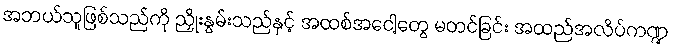
အဘယ်သူဖြစ်သည်ကို ညှိုးနွမ်းသည်နှင့် အထစ်အငေါ့တွေ မတင်ခြင်း အထည်အလိပ်ကဏ္ဍ